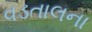
વડતાલના